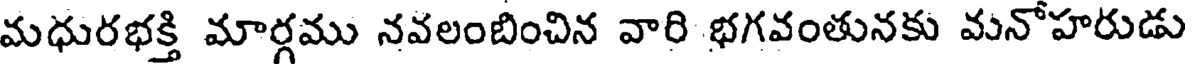
మధురభక్తి మార్గము నవలంబించిన వారి భగవంతునకు మనోహరుడు